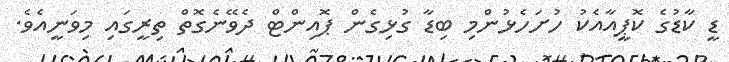
ޑީ ކާޑުގެ ކޮޕީއާއެކު ހުށަހެޅުންމި ބިޑާ ގުޅިގެން ޕޮއިންޓް ދެވޭނެގޮތް ތިރީގައި މިވަނީއެވެ.